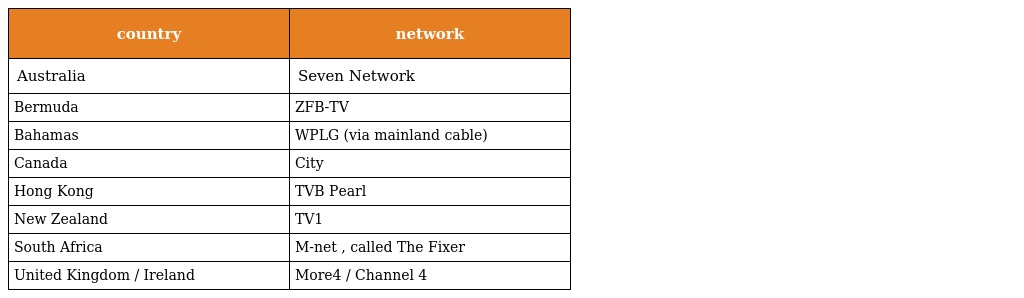
| country | network |
 | --- | --- |
 | Australia | Seven Network |
 | Bermuda | ZFB-TV |
 | Bahamas | WPLG (via mainland cable) |
 | Canada | City |
 | Hong Kong | TVB Pearl |
 | New Zealand | TV1 |
 | South Africa | M-net , called The Fixer |
 | United Kingdom / Ireland | More4 / Channel 4 |